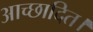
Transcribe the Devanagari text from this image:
आच्छादित।